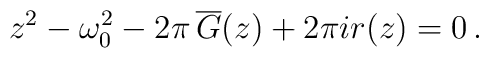
z ^{2} - \omega _{0}^{2} - 2\pi \,\overline{G}(z) + 2\pi ir(z) = 0 \,.